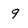
Character: 9